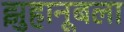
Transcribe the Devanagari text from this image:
झुहानूबला